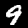
Digit: 9